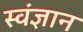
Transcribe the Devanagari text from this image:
स्वंज्ञान